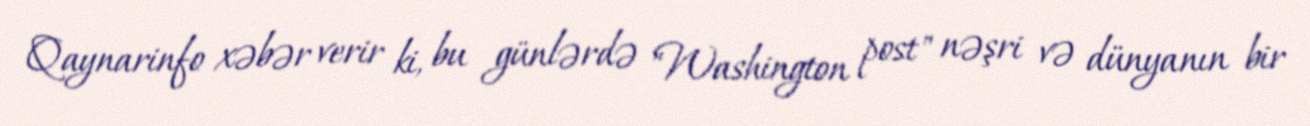
Qaynarinfo xəbər verir ki, bu günlərdə "Washington post" nəşri və dünyanın bir